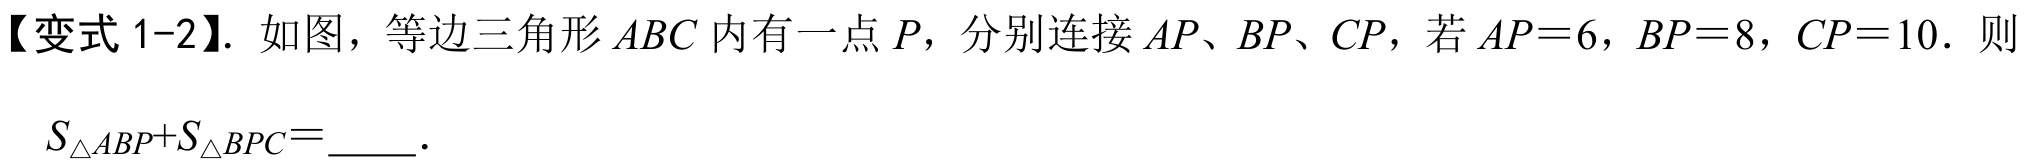
【变式 1-2】. 如图，等边三角形 \(ABC\) 内有一点 \(P\)，分别连接 \(AP、BP、CP\)，若 \(AP = 6\)，\(BP = 8\)，\(CP = 10\)．则 \(S_{\triangle ABP}+S_{\triangle BPC}=\underline{\quad\quad}\)．